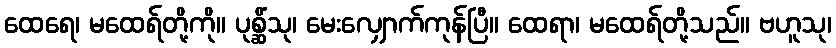
ထေရေ၊ မထေရ်တို့ကို။ ပုစ္ဆိံသု၊ မေးလျှောက်ကုန်ပြီ။ ထေရာ၊ မထေရ်တို့သည်။ ဗဟူသု၊